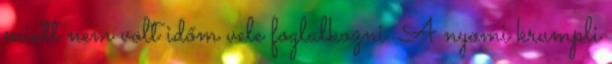
miatt nem volt időm vele foglalkozni. A nyomi krumpli